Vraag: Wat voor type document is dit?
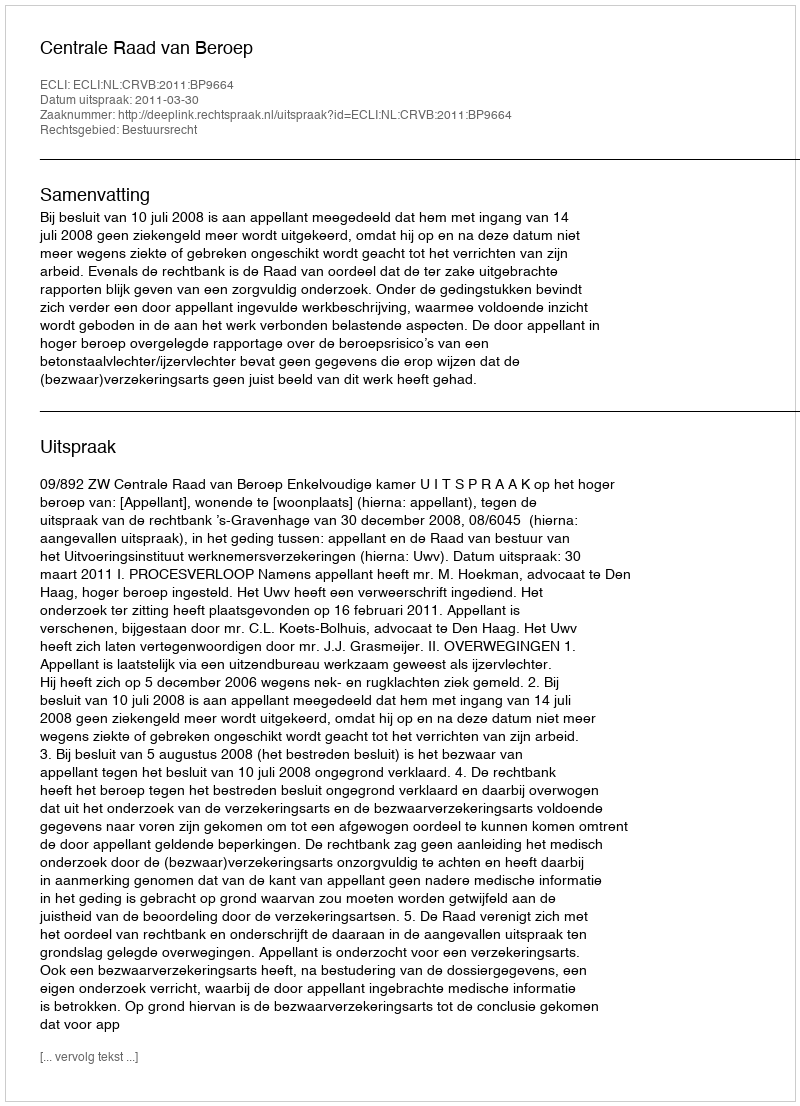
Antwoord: Uitspraak